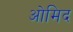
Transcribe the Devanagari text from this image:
ओमिद